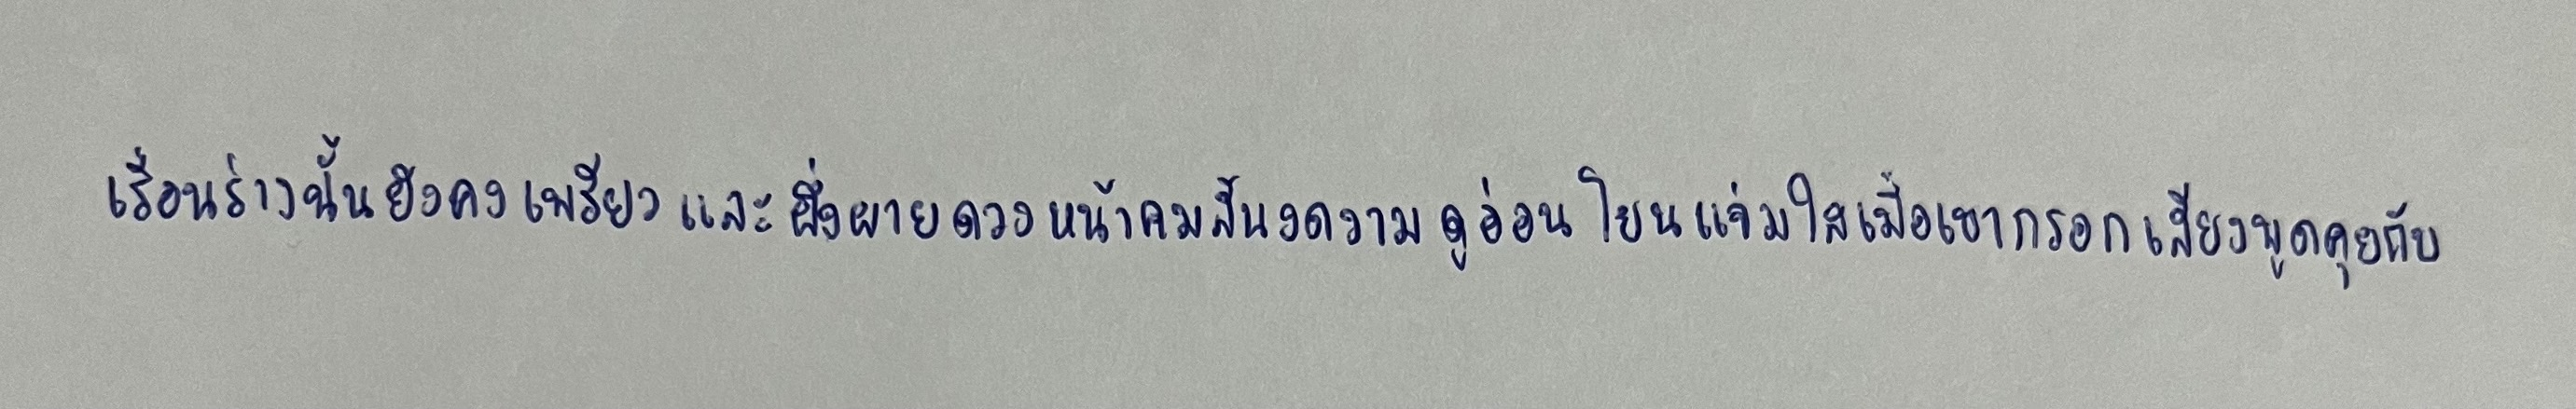
เรือนร่างนั้นยังคงเพรียวและผึ่งผายดวงหน้าคมสันงดงามดูอ่อนโยนแจ่มใสเมื่อเขากรอกเสียงพูดคุยกับ